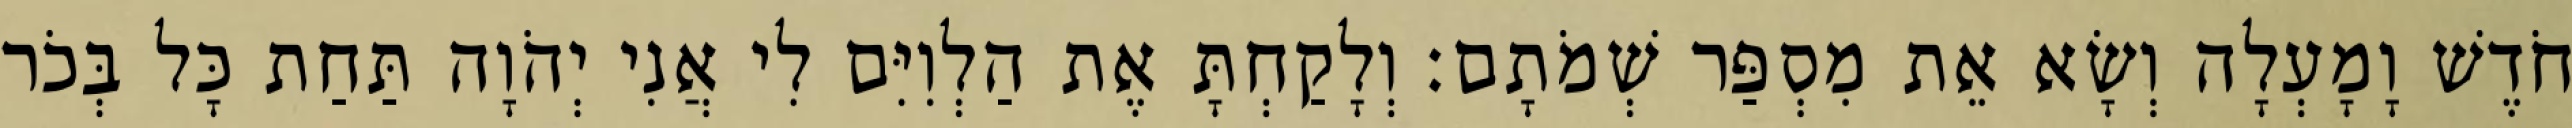
חֹדֶשׁ וָמָעְלָה וְשָׂא אֵת מִסְפַּר שְׁמֹתָם׃ וְלָקַחְתָּ אֶת הַלְוִיִּם לִי אֲנִי יְהֹוָה תַּחַת כָּל בְּכֹר